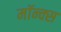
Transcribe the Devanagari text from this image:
मॉन्क्स